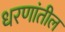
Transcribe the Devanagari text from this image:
धरणांतील